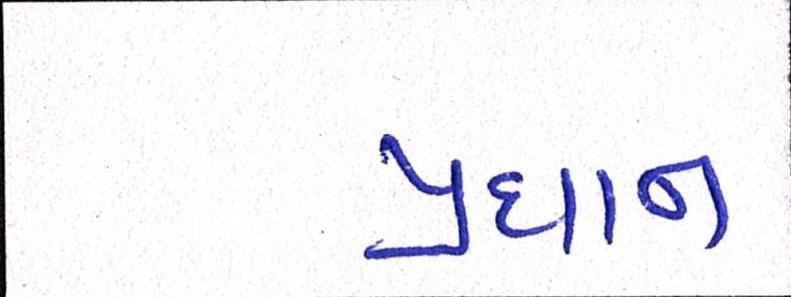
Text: પ્રધાન